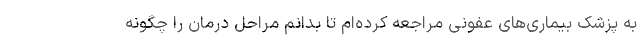
به پزشک بیماری‌های عفونی مراجعه کرده‌ام تا بدانم مراحل درمان را چگونه